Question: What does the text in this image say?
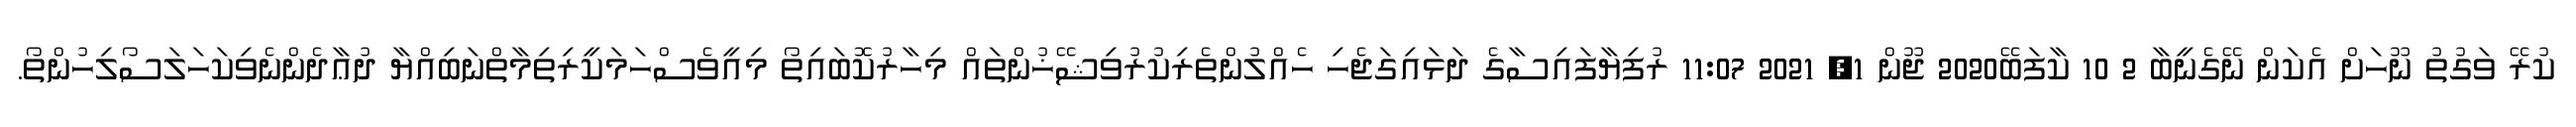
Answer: ކުރޭ ވަގުތު ނޫހަށް އެކަން ނޭގެނީބާ 2 10 ކާފަބޭ2020 ޖޫން 1, 2021 11:07 ރުފިޔާފައިސާގެ ދަޅައިގަޖެހި ހެއްލުންތެރިކުރުވިޝޭޚުންތައް މިހާރުކޮބައިތޯ މިއީވެސްހަމަކީރިތިމާތްނަބިއްޔާ ދުޢާދެންނެވިކަހަލަސޯލިހުންތޯ.